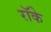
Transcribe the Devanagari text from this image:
रॉके